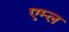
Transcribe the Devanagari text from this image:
एम्ल